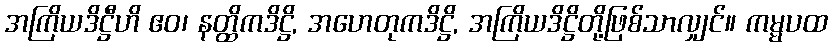
အကြိယဒိဋ္ဌီဟိ ဧဝ၊ နတ္ထိကဒိဋ္ဌိ, အဟေတုကဒိဋ္ဌိ, အကြိယဒိဋ္ဌိတို့ဖြစ်သာလျှင်။ ကမ္မပထ